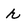
Character: r